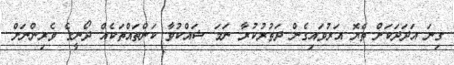
ގިނަ އަދަަދަކަށް ތެޔޮ އަރުވައިގެން ދަތުރުކުރާ ނަމަ ޝައްކުވާ ކަންްތައްތަކެއް ދޯނީގެ ވެރިންނަށް